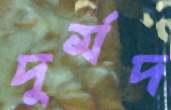
দুর্মদ